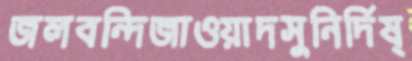
জলবন্দিজাওয়াদসুনির্দিষ্